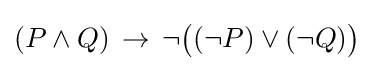
(P\land Q)\,\to \,\neg {\big (}(\neg P)\lor (\neg Q){\big )}